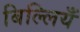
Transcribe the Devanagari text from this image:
बिल्लियँ